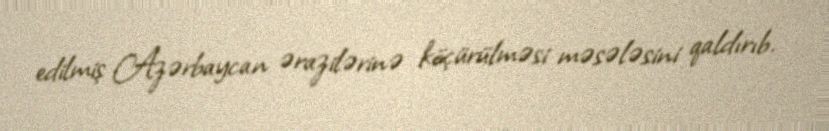
edilmiş Azərbaycan ərazilərinə köçürülməsi məsələsini qaldırıb.